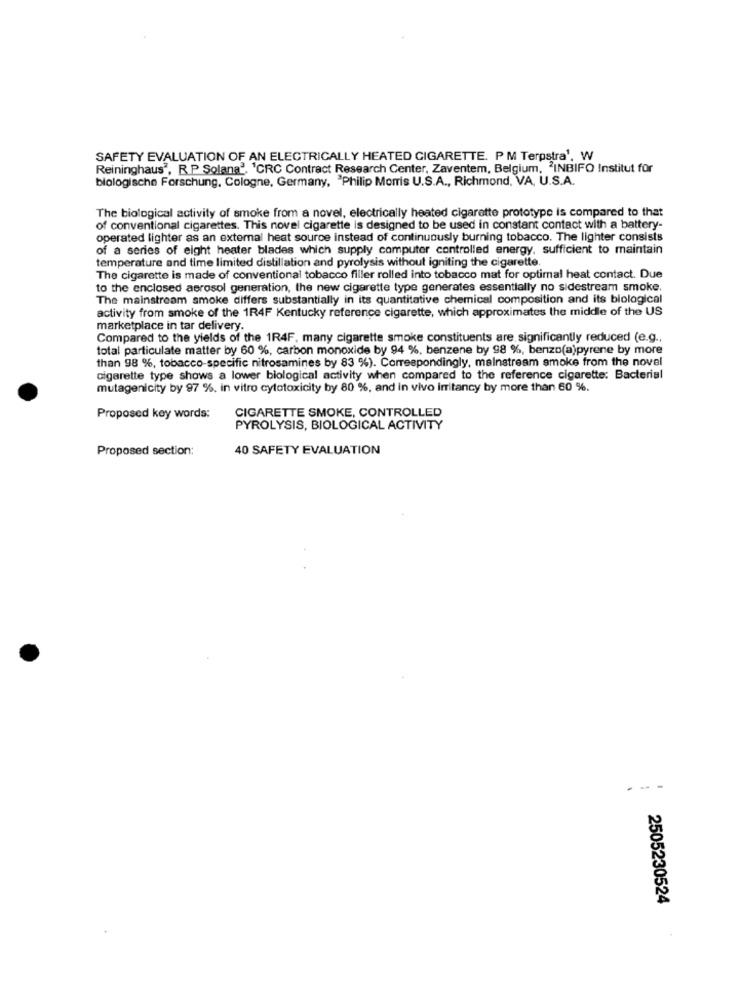
SAFETY EVALUATION OF AN ELECTRICALLY HEATED CIGARETTE. PM Terpstra'. W
Reininghaus", R.P Solana', 'CRC Contract Research Center, Zaventem, Belgium, "INBIFO Institut für
biologische Forschung, Cologne, Germany, 'Philip Morris U.S.A ., Richmond, VA, U.S.A.
The biological activity of smoke from a novel, electrically heated cigarette prototype is compared to that
of conventional cigarettes. This novel cigarette is designed to be used in constant contact with a battery-
operated lighter as an external heat source instead of continuously burning tobacco. The lighter consists
of a series of eight heater blades which supply computer controlled energy, sufficient to maintain
temperature and time limited distillation and pyrolysis without igniting the cigarette.
The cigarette is made of conventional tobacco filler rolled into tobacco mat for optimal heat contact. Due
to the enclosed aerosol generation, the new cigarette type generates essentially no sidestream smoke.
The mainstream smoke differs substantially in its quantitative chemical composition and its biological
activity from smoke of the 1R4F Kentucky reference cigarette, which approximates the middle of the US
marketplace in tar delivery.
Compared to the yields of the 1R4F. many cigarette smoke constituents are significantly reduced (e.g .,
total particulate matter by 60 %, carbon monoxide by 94 %, benzene by 98 %, benzo(a)pyrene by more
than 98 %, tobacco-specific nitrosamines by 83 %). Correspondingly, mainstream smoke from the novel
cigarette type shows a lower biological activity when compared to the reference cigarette: Bacterial
mutagenicity by 97 %. in vitro cytotoxicity by 80 %, and in vivo irritancy by more than 60 %.
Proposed key words:
CIGARETTE SMOKE, CONTROLLED
PYROLYSIS, BIOLOGICAL ACTIVITY
Proposed section:
40 SAFETY EVALUATION
- -
2505230524